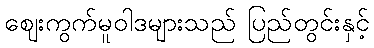
ဈေးကွက်မူဝါဒများသည် ပြည်တွင်းနှင့်